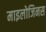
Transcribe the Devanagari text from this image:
माइलोजिनस